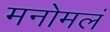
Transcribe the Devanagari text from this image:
मनोमलं